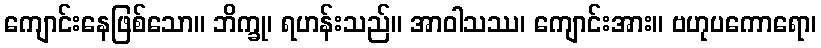
ကျောင်းနေဖြစ်သော။ ဘိက္ခု၊ ရဟန်းသည်။ အာဝါသဿ၊ ကျောင်းအား။ ဗဟုပကောရော၊